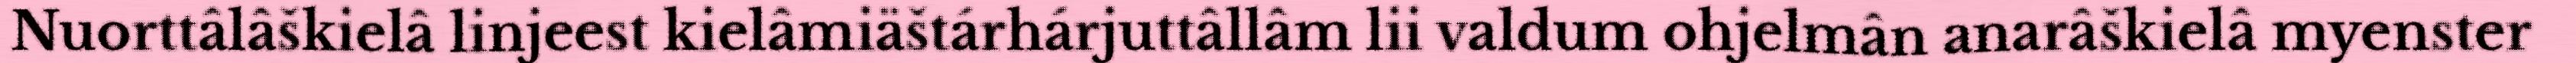
Nuorttâlâškielâ linjeest kielâmiäštárhárjuttâllâm lii valdum ohjelmân anarâškielâ myenster